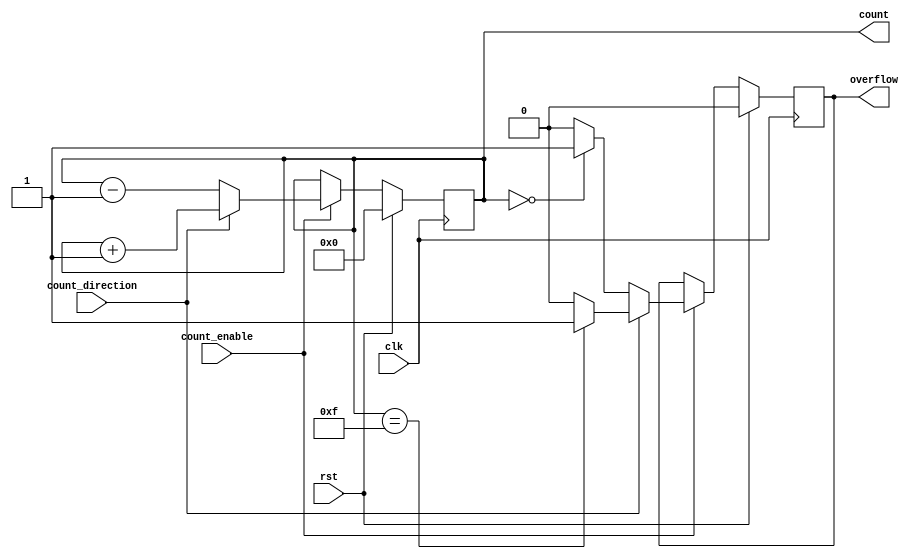
module cascaded_counter #(
    parameter WIDTH = 4 // Width of the counter (number of bits)
)(
    input wire clk,                // Clock input
    input wire rst,                // Synchronous reset
    input wire count_enable,       // Count enable signal
    input wire count_direction,     // Count direction: 1 for up, 0 for down
    output reg [WIDTH-1:0] count,  // Current count value
    output reg overflow            // Overflow flag
);

    // Internal signal to hold the next count value
    reg [WIDTH-1:0] next_count;

    // Always block for synchronous reset and counting
    always @(posedge clk) begin
        if (rst) begin
            count <= 0;             // Reset count to 0
            overflow <= 0;          // Clear overflow flag
        end else if (count_enable) begin
            // Determine next count value based on direction
            if (count_direction) begin
                next_count = count + 1; // Increment
                // Check for overflow
                if (count == {WIDTH{1'b1}}) begin
                    overflow <= 1;      // Set overflow if max value reached
                end else begin
                    overflow <= 0;      // Clear overflow flag
                end
            end else begin
                next_count = count - 1; // Decrement
                // Check for underflow
                if (count == 0) begin
                    overflow <= 1;      // Set overflow if min value reached
                end else begin
                    overflow <= 0;      // Clear overflow flag
                end
            end
            count <= next_count;        // Update count
        end
    end

endmodule